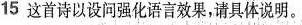
15这首诗以设问强化语言效果，请具体说明。